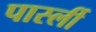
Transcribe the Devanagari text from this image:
पार्स्ली